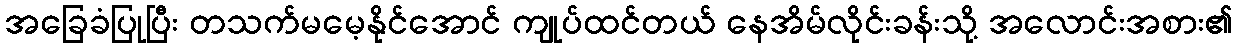
အခြေခံပြုပြီး တသက်မမေ့နိုင်အောင် ကျုပ်ထင်တယ် နေအိမ်လိုင်းခန်းသို့ အလောင်းအစား၏